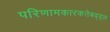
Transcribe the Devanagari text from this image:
परिणामकारकतेबद्द्ल